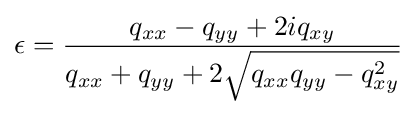
\epsilon ={\frac {q_{xx}-q_{yy}+2iq_{xy}}{q_{xx}+q_{yy}+2{\sqrt {q_{xx}q_{yy}-q_{xy}^{2}}}}}